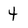
Character: 4